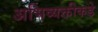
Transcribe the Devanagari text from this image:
अभिव्यक्तीकडे